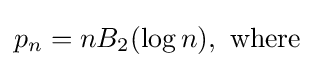
p_{n}=nB_{2}(\log n),{\text{ where}}